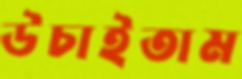
উচাইতাম